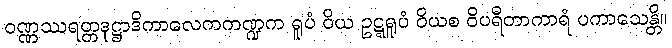
ဝဏ္ဏဿရတ္တဒုဋ္ဌာဒိကာလေကကဏ္ဍက ရူပံ ဝိယ ဥဋ္ဋရူပံ ဝိယစ ဝိပရီတာကာရံ ပကာသေန္တိ။